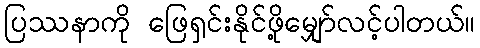
ပြဿနာကို ဖြေရှင်းနိုင်ဖို့မျှော်လင့်ပါတယ်။